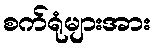
စက်ရုံများအား